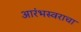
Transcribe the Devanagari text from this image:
आरंभस्वराचा